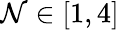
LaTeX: \mathcal{N}\in[1,4]